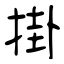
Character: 掛